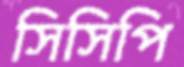
সিসিপি